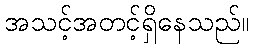
အသင့်အတင့်ရှိနေသည်။